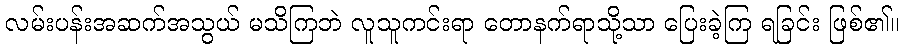
လမ်းပန်းအဆက်အသွယ် မသိကြဘဲ လူသူကင်းရာ တောနက်ရာသို့သာ ပြေးခဲ့ကြ ရခြင်း ဖြစ်၏။